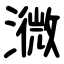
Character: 㵟